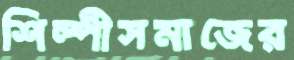
শিল্পীসমাজের